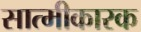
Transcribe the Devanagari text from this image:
सात्मीकारक